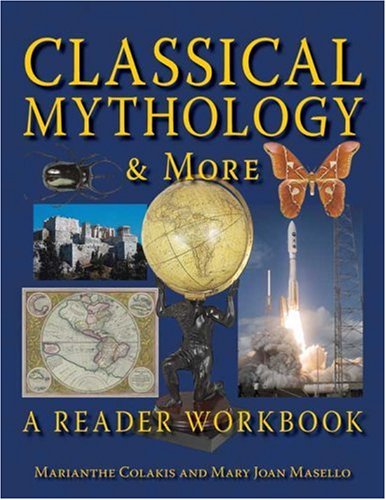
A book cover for Classical Mythology & More: A Reader Workbook; Marianthe Colakis; Teen & Young Adult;